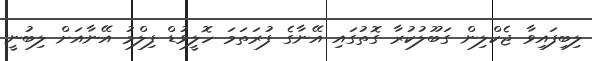
ލިބިފައިވާ ޖެކްލިން ގަބޫލުކުރާ ގޮތުގައި އޭނާގެ ފުރަތަމަ ހޮލީވުޑް ފިލްމު އޭނާއަށް ލިބުނީ